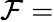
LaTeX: \mathcal F=